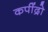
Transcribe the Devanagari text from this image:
कपींद्रो